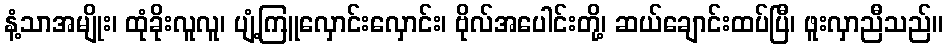
နံ့သာအမျိုး၊ ထုံခိုးလူလူ၊ ပျံ့ကြူလှောင်းလှောင်း၊ ဗိုလ်အပေါင်းတို့၊ ဆယ်ချောင်းထပ်ပြီ၊ ဖူးလှာညီသည်။